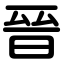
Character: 晉